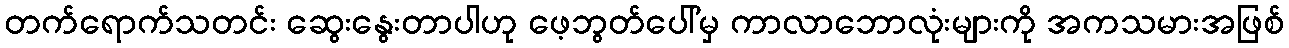
တက်ရောက်သတင်း ဆွေးနွေးတာပါဟု ဖေ့ဘွတ်ပေါ်မှ ကာလာဘောလုံးများကို အကသမားအဖြစ်